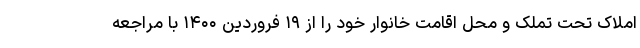
املاک تحت تملک و محل اقامت خانوار خود را از ۱۹ فروردین ۱۴۰۰ با مراجعه